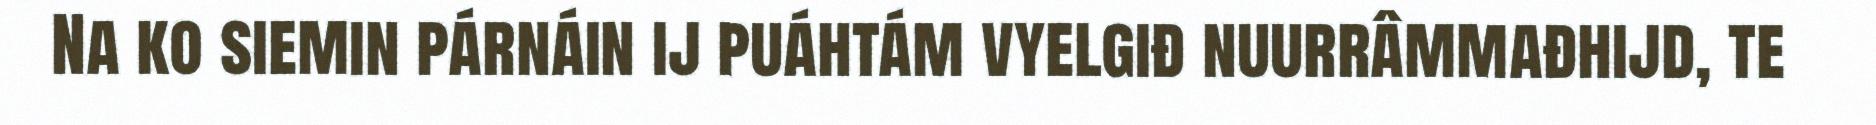
Na ko siemin párnáin ij puáhtám vyelgiđ nuurrâmmađhijd, te